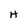
Character: H